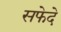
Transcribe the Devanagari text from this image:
सफेदे